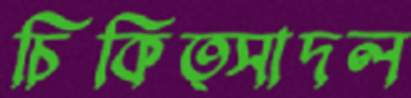
চিকিত্সাদল